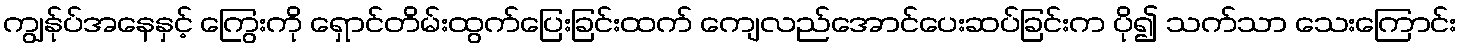
ကျွန်ုပ်အနေနှင့် ကြွေးကို ရှောင်တိမ်းထွက်ပြေးခြင်းထက် ကျေလည်အောင်ပေးဆပ်ခြင်းက ပို၍ သက်သာ သေးကြောင်း